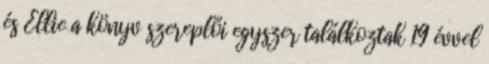
és Ellie a könyv szereplői egyszer találkoztak 19 évvel